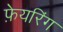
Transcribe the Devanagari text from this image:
फ़ेयरिंग